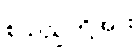
စသည်တို့အား